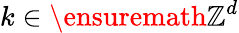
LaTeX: k\in\ensuremath{\mathbb{Z}^{d}}